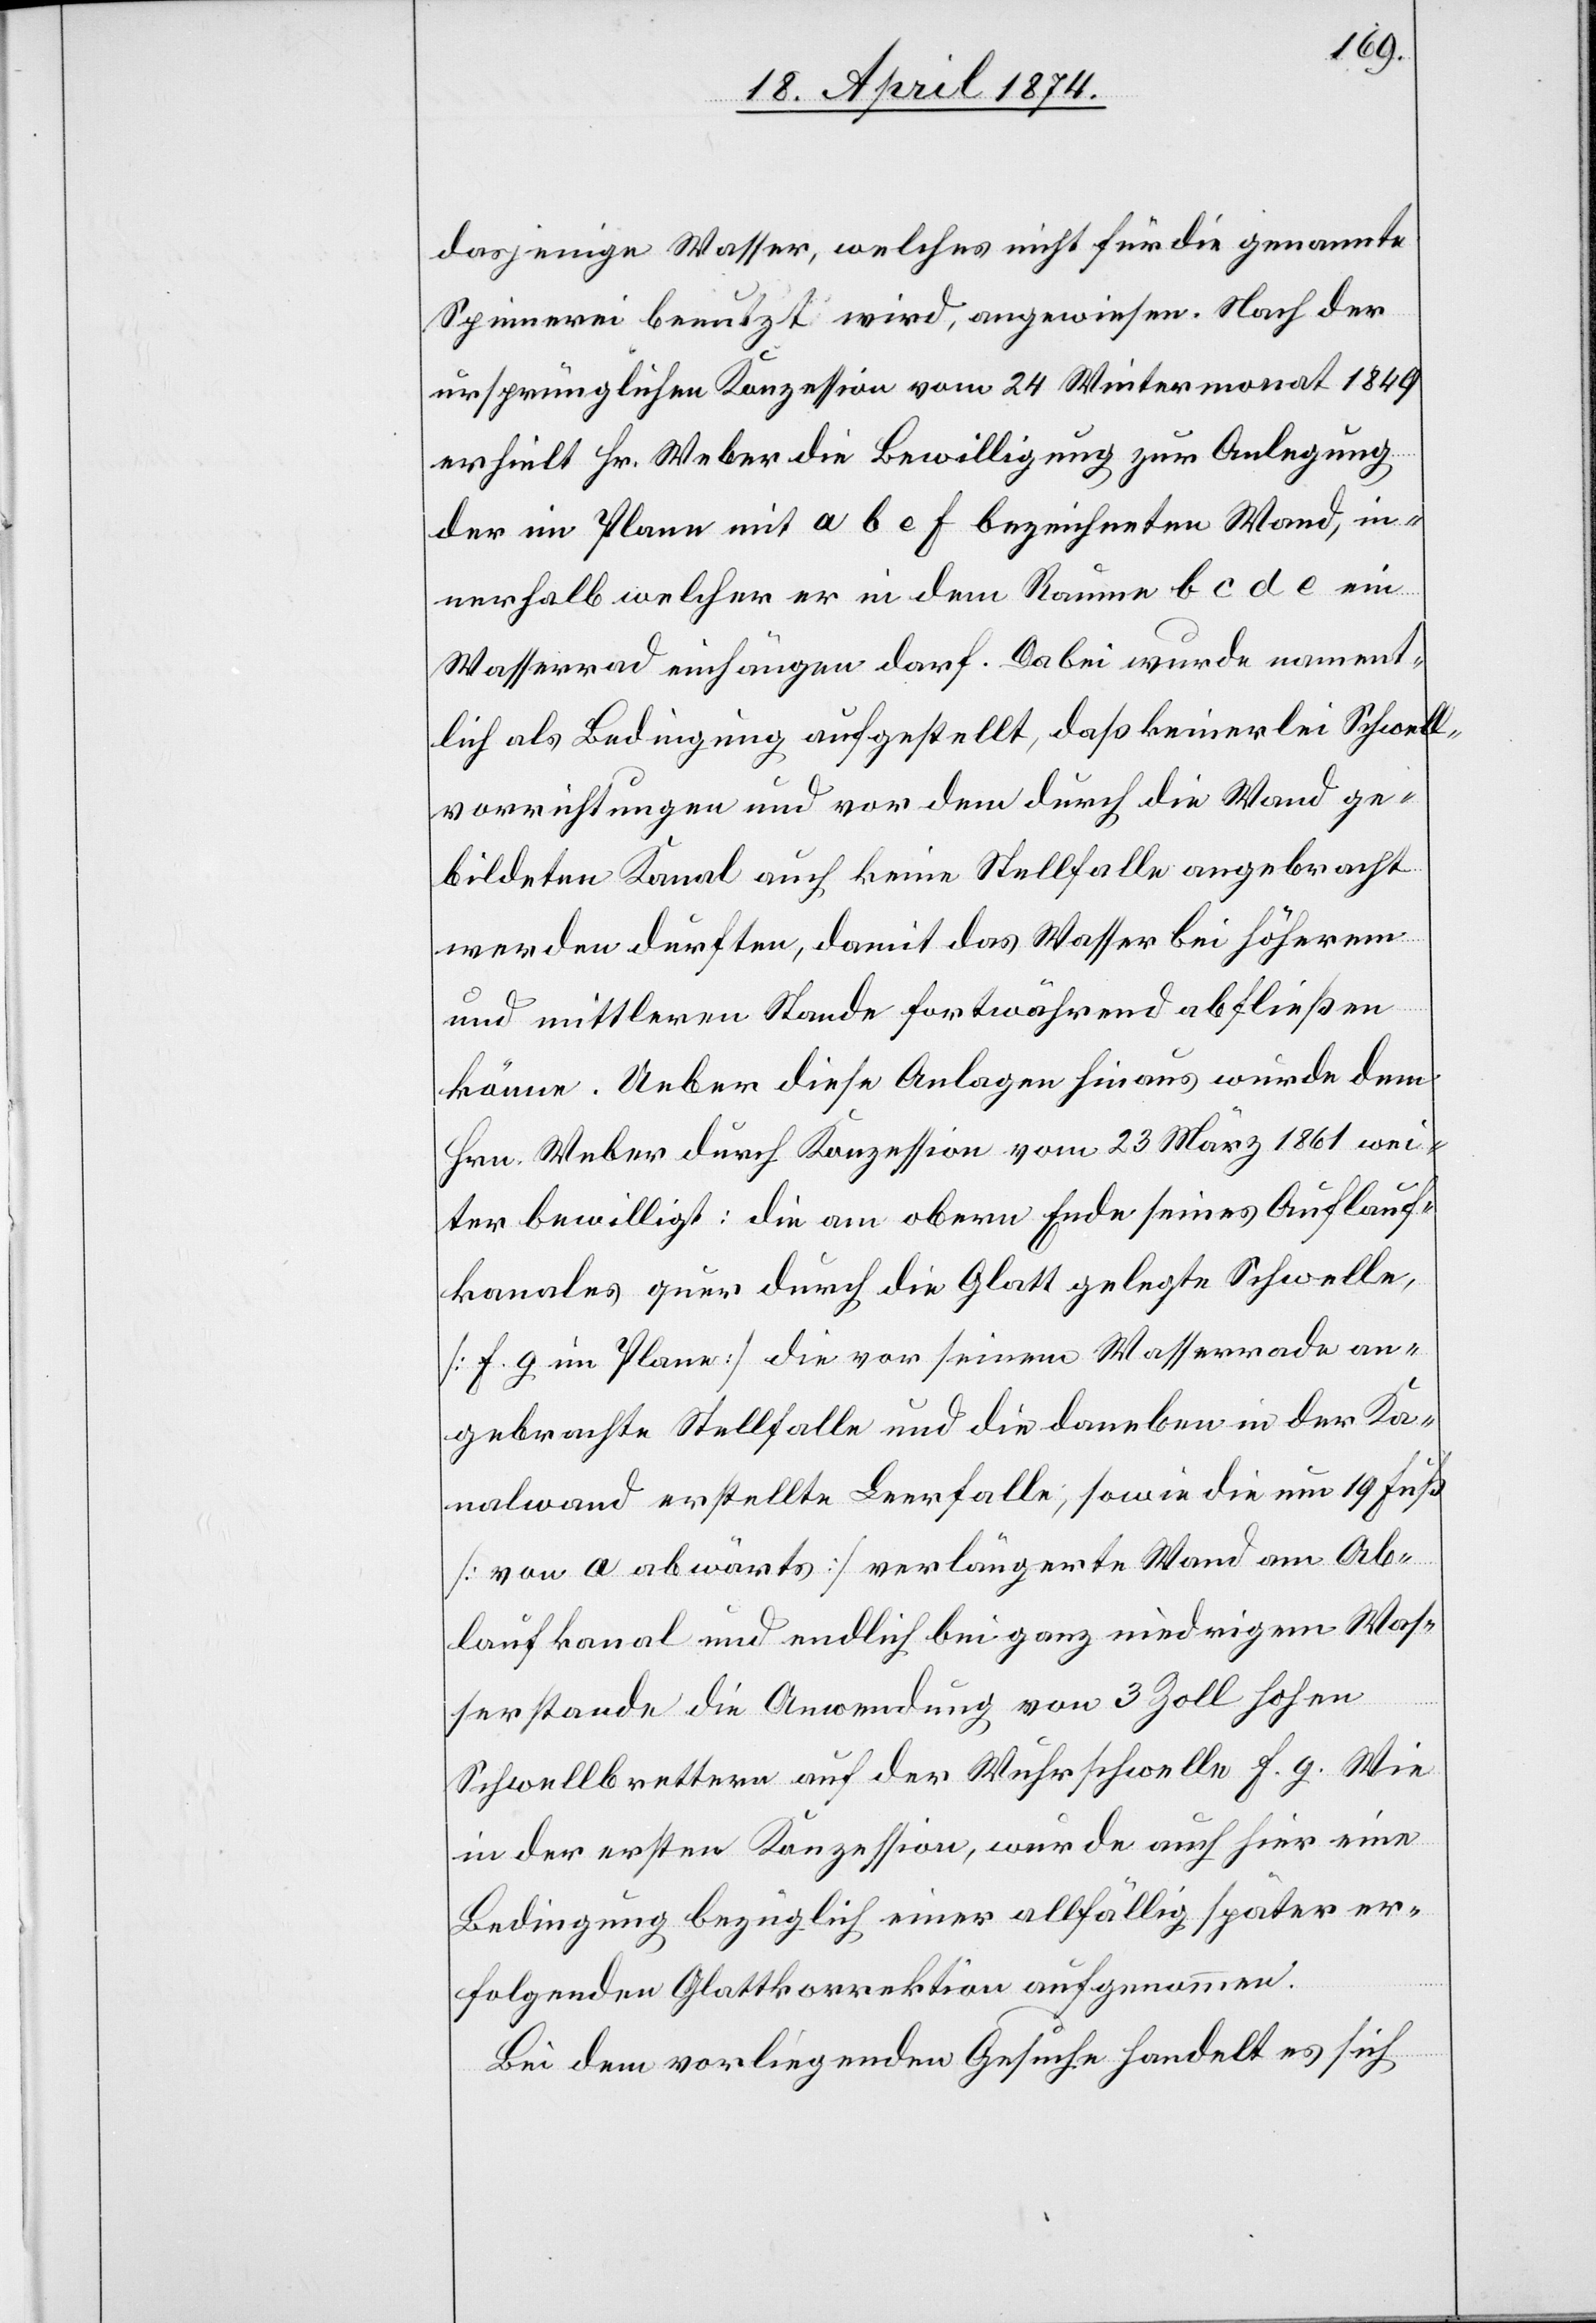
dasjenige Wasser, welches nicht für die genannte
Spinnerei benutzt wird, angewiesen. Nach der
ursprünglichen Konzession vom 24. Wintermonat 1849
erhielt Hr. Weber die Bewilligung zur Anlegung
der im Plane mit a b e f bezeichneten Wand, in¬
nerhalb welcher er in dem Raume b c d e ein
Wasserrad einhängen darf. Dabei wurde nament¬
lich als Bedingung aufgestellt, daß keinerlei Schwell¬
vorrichtungen und vor dem durch die Wand ge¬
bildeten Kanal auch keine Stellfalle angebracht
werden durften, damit das Wasser bei höherem
und mittleren Stande fortwährend abfließen
könne. Ueber diese Anlagen hinaus wurde dem
Hrn. Weber durch Konzession vom 23. März 1861 wei¬
ter bewilligt: die am obern Ende seines Auflauf¬
kanales quer durch die Glatt gelegte Schwelle,
[f g im Plane] die vor seinem Wasserrade an¬
gebrachte Stellfalle und die daneben in der Ka¬
nalwand erstellte Leerfalle, sowie die um 19 Fuß
[von a abwärts] verlängerte Wand am Ab¬
laufkanal und endlich bei ganz niedrigem Was¬
serstande die Anwendung von 3 Zoll hohen
Schwellbrettern auf der Wuhrschwelle f. g. Wie
in der ersten Konzession, wurde auch hier eine
Bedingung bezüglich einer allfällig später er¬
folgenden Glattkorrektion aufgenommen.
Bei dem vorliegenden Gesuche handelt es sich